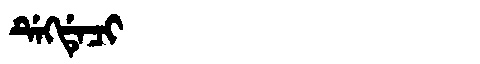
Manchu: ᡩᡝᡴᡩᡝᠴᡳ
Romanization: DEKDECI